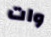
وات